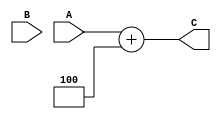
`timescale 1ns/1ns

module Adder1(
		input [31:0]A,
		input [31:0]B,
		output reg[31:0]C
);

assign B = 32'b00000000000000000000000000000100;

always @*
begin
	C = A + B;
end

endmodule